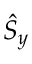
\hat { S } _ { y }